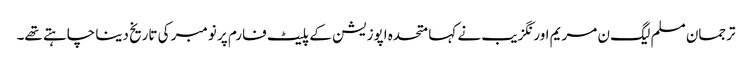
ترجمان مسلم لیگ ن مریم اورنگزیب نے کہا متحدہ اپوزیشن کے پلیٹ فارم پر نومبر کی تاریخ دینا چاہتے تھے۔